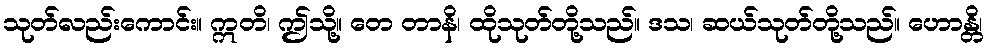
သုတ်လည်းကောင်း။ ဣတိ၊ ဤသို့။ တေ တာနိ၊ ထိုသုတ်တို့သည်။ ဒသ၊ ဆယ်သုတ်တို့သည်။ ဟောန္တိ၊